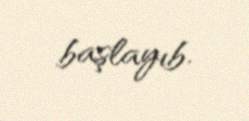
başlayıb.